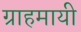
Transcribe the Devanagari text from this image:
ग्राहमायी